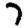
Digit: 7